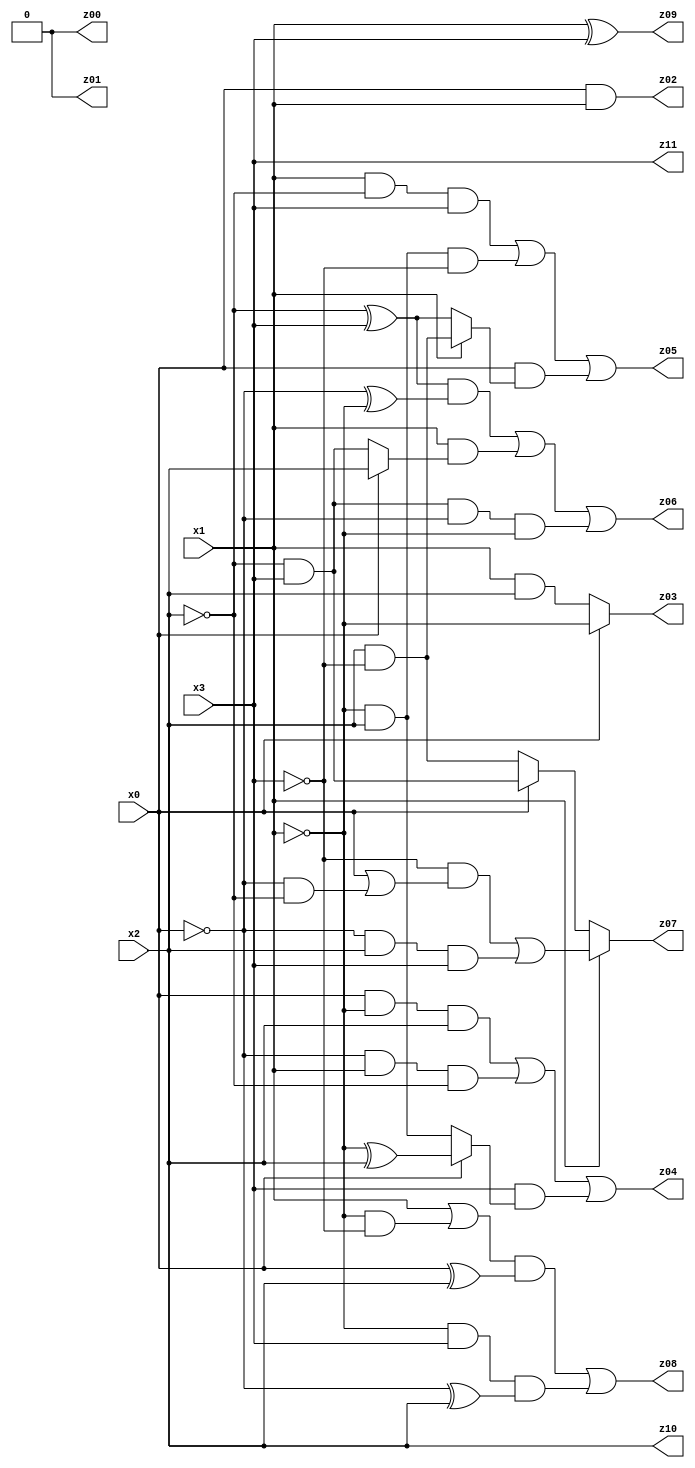
// Benchmark "X_45" written by ABC on Sat Jun 10 15:22:24 2023

module X_45 ( 
    x0, x1, x2, x3,
    z00, z01, z02, z03, z04, z05, z06, z07, z08, z09, z10, z11  );
  input  x0, x1, x2, x3;
  output z00, z01, z02, z03, z04, z05, z06, z07, z08, z09, z10, z11;
  assign z00 = 1'b0;
  assign z01 = 1'b0;
  assign z02 = x0 & x1;
  assign z03 = x0 ? ~x1 : (x1 & x2);
  assign z04 = (x0 & ~x1 & x2) | (~x0 & x1 & ~x2) | (x3 & (x0 ? (~x1 ^ x2) : (~x1 & x2)));
  assign z05 = (x1 & ~x2 & x3) | (~x1 & x2 & ~x3) | (x0 & (x1 ? (x2 & ~x3) : (~x2 ^ x3)));
  assign z06 = ((~x2 ^ x3) & (~x0 ^ ~x1)) | (x1 & (x0 ? x2 : (~x2 & x3))) | (~x2 & x3 & ~x0 & ~x1);
  assign z07 = x1 ? ((~x3 & (x0 | (~x0 & ~x2))) | (~x0 & x2 & x3)) : (x0 ? (~x2 & x3) : (x2 & ~x3));
  assign z08 = ((x1 | (~x1 & ~x3)) & (x0 ^ x2)) | (~x1 & x3 & (~x0 ^ x2));
  assign z09 = x1 ^ x3;
  assign z10 = x2;
  assign z11 = x3;
endmodule